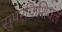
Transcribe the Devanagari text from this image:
सुपरफ़िशियल